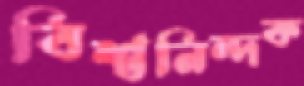
বিশ্বনিন্দক